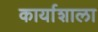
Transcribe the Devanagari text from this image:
कार्याशाला